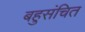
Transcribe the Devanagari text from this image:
बहुसंचित